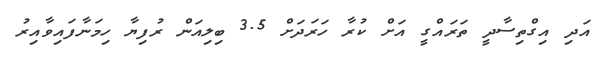
އަދި އިގްތިސާދީ ތަރައްގީ އަށް ކުރާ ހަރަދަށް 3.5 ބިލިއަން ރުފިޔާ ހިމަނާފައިވާއިރު